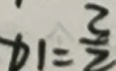
x _ { 1 } = \frac { 3 } { 2 }